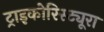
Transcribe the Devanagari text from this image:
ट्राइकोरिस्ट्यूरा